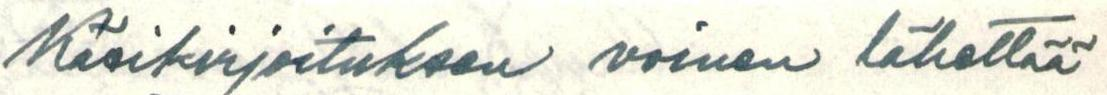
Käsikirjoituksen voinen lähettää